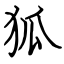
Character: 狐